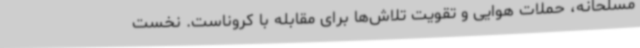
مسلحانه، حملات هوایی و تقویت تلاش‌ها برای مقابله با کروناست. نخست